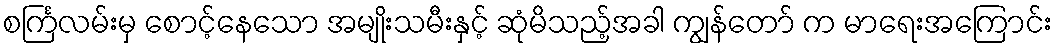
စင်္ကြလမ်းမှ စောင့်နေသော အမျိုးသမီးနှင့် ဆုံမိသည့်အခါ ကျွန်တော် က မာရေးအကြောင်း